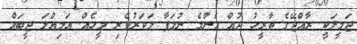
ޖަމީލަކީ ރާއްޖޭގެ ތާރީހު ދުއް އެންމެ ނުލަފާ މަކަރުވެރި މީހެއް. އަމިއްލަ ޖީބައް